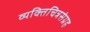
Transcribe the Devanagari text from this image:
व्यक्तिचित्रसंग्रह